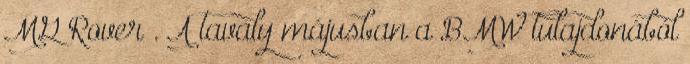
MG Rover . A tavaly májusban a BMW tulajdonából